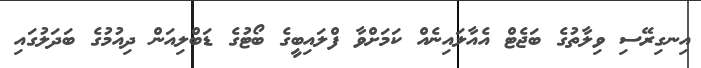
އިނގިރޭސި ވިލާތުގެ ބަޖެޓް އެއާލައިނެއް ކަމަށްވާ ފްލައިބީގެ ބޯޓުގެ ޑަބްލިއަން ދިއުމުގެ ބަދަލުގައި